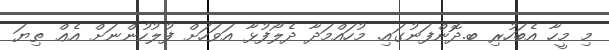
މި މީހާ އެބަހުރި ބ.ދޮންފަނުގައި. މުހައްމަދާ ދެލޯފުޅާ އަވަހަށް ފުލުހުންނަށް އެޢް ތިޔަ